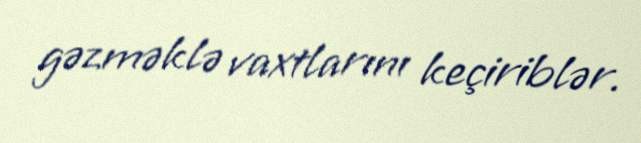
gəzməklə vaxtlarını keçiriblər.